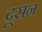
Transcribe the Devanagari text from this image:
दूसन